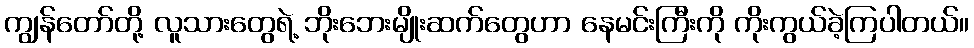
ကျွန်တော်တို့ လူသားတွေရဲ့ ဘိုးဘေးမျိုးဆက်တွေဟာ နေမင်းကြီးကို ကိုးကွယ်ခဲ့ကြပါတယ်။